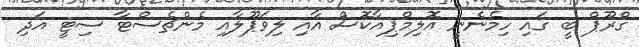
ގްރޫޕް ބީ ގައި ހިމެނެނީ އޮލިމްޕިއާކޮސް އާއި ލިވަޕޫލާއި މެންޗެސްޓާ ސިޓީ އަދި